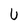
Character: U